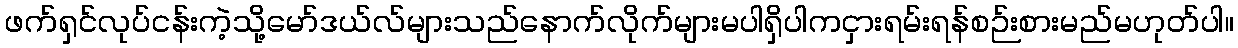
ဖက်ရှင်လုပ်ငန်းကဲ့သို့မော်ဒယ်လ်များသည်နောက်လိုက်များမပါရှိပါကငှားရမ်းရန်စဉ်းစားမည်မဟုတ်ပါ။